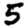
Digit: 5